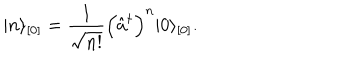
\vert n \rangle _ { [ 0 ] } = \frac { 1 } { \sqrt { n ! } } \Bigl ( \hat { a } ^ { \dagger } \Bigr ) ^ { n } \vert 0 \rangle _ { [ 0 ] } .